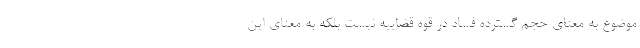
موضوع به معنای حجم گسترده فساد در قوه قضاییه نیست بلکه به معنای این